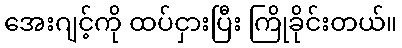
အေးဂျင့်ကို ထပ်ငှားပြီး ကြိုခိုင်းတယ်။